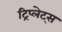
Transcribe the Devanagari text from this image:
ट्रिप्लेट्स